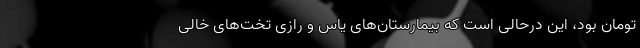
تومان بود، این درحالی است که بیمارستان‌های یاس و رازی تخت‌های خالی